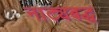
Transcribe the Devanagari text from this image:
नाट्यबद्ध